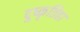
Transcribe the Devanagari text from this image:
दुष्कृतिहा